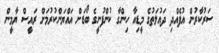
ސަރުކާރުން އުފެއްދި ދައުލަތުގެ މީޑިއާ ހިންގާ ކުންފުނީގެ ބޯޑަށް އައްޔަންކުރުމަށް ރައީސް ޔާމީން